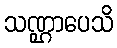
သဏ္ဌာပေသိ